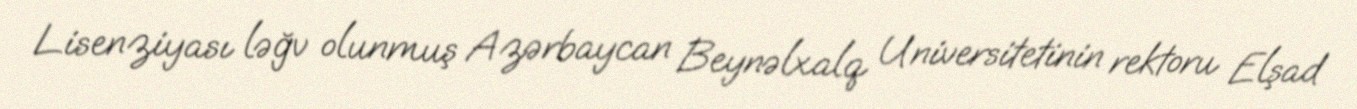
Lisenziyası ləğv olunmuş Azərbaycan Beynəlxalq Universitetinin rektoru Elşad